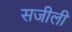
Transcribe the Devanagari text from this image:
सजीली